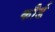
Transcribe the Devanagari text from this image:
कौर्ड